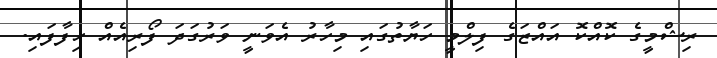
ރިޝްމީގެ ކޮއްކޮ އައްޒަގެ ފިލްމީ ހަޔާތުގައި މިހާރު އެވަނީ ވަރުގަދަ ފޯރިއެއް ހިފާފައި.